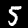
Label: 5